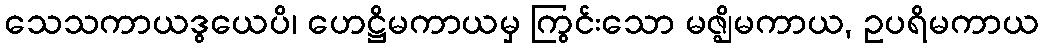
သေသကာယဒွယေပိ၊ ဟေဋ္ဌိမကာယမှ ကြွင်းသော မဇ္ဈိမကာယ, ဥပရိမကာယ